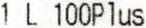
1 L 100PLUS